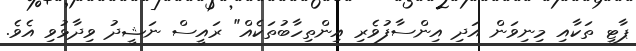
ޕާޓީ ތަކާއި މިނިވަން އަދި އިންސާފުވެރި އިންތިހާބުތަކެއް" ރައީސް ނަޝީދު ވިދާޅުވި އެވެ.